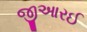
જીઆરઈ